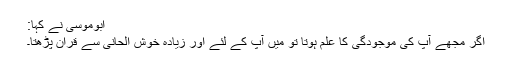
ابوموسیٰ ؓنے کہا:
اگر مجھے آپ کی موجودگی کا علم ہوتا تو میں آپ کے لئے اور زیادہ خوش الحانی سے قران پڑھتا۔